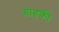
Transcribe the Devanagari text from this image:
ग्राहकी